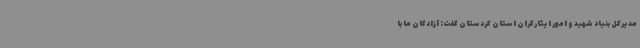
مدیرکل بنیاد شهید و امور ایثارگران استان کردستان گفت: آزادگان ما با